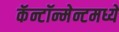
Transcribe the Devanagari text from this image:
कॅन्टॉन्मेन्टमध्ये